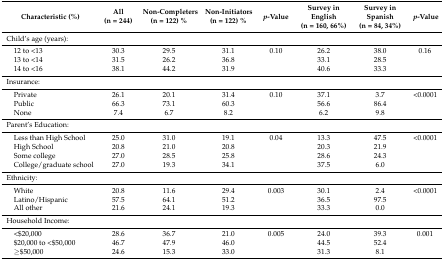
<table><thead><tr><td><b>Characteristic (%)</b></td><td><b>All (n = 244)</b></td><td><b>Non-Completers (n = 122) %</b></td><td><b>Non-Initiators (n = 122) % </b></td><td><b><i>p</i>-Value</b></td><td><b>Survey in English (n = 160, 66%) </b></td><td><b>Survey in Spanish (n = 84, 34%) </b></td><td><b><i>p</i>-Value</b></td></tr></thead><tbody><tr><td>Child’s age (years):</td><td></td><td></td><td></td><td></td><td></td><td></td><td></td></tr><tr><td> 12 to &lt;13</td><td>30.3</td><td>29.5</td><td>31.1</td><td>0.10</td><td>26.2</td><td>38.0</td><td>0.16</td></tr><tr><td> 13 to &lt;14</td><td>31.5</td><td>26.2</td><td>36.8</td><td></td><td>33.1</td><td>28.5</td><td></td></tr><tr><td> 14 to &lt;16</td><td>38.1</td><td>44.2</td><td>31.9</td><td></td><td>40.6</td><td>33.3</td><td></td></tr><tr><td>Insurance:</td><td></td><td></td><td></td><td></td><td></td><td></td><td></td></tr><tr><td> Private</td><td>26.1</td><td>20.1</td><td>31.4</td><td>0.10</td><td>37.1</td><td>3.7</td><td>&lt;0.0001</td></tr><tr><td> Public</td><td>66.3</td><td>73.1</td><td>60.3</td><td></td><td>56.6</td><td>86.4</td><td></td></tr><tr><td> None</td><td>7.4</td><td>6.7</td><td>8.2</td><td></td><td>6.2</td><td>9.8</td><td></td></tr><tr><td>Parent’s Education:</td><td></td><td></td><td></td><td></td><td></td><td></td><td></td></tr><tr><td> Less than High School</td><td>25.0</td><td>31.0</td><td>19.1</td><td>0.04</td><td>13.3</td><td>47.5</td><td>&lt;0.0001</td></tr><tr><td> High School</td><td>20.8</td><td>21.0</td><td>20.8</td><td></td><td>20.3</td><td>21.9</td><td></td></tr><tr><td> Some college</td><td>27.0</td><td>28.5</td><td>25.8</td><td></td><td>28.6</td><td>24.3</td><td></td></tr><tr><td> College/graduate school</td><td>27.0</td><td>19.3</td><td>34.1</td><td></td><td>37.5</td><td>6.0</td><td></td></tr><tr><td>Ethnicity:</td><td></td><td></td><td></td><td></td><td></td><td></td><td></td></tr><tr><td> White</td><td>20.8</td><td>11.6</td><td>29.4</td><td>0.003</td><td>30.1</td><td>2.4</td><td>&lt;0.0001</td></tr><tr><td> Latino/Hispanic</td><td>57.5</td><td>64.1</td><td>51.2</td><td></td><td>36.5</td><td>97.5</td><td></td></tr><tr><td> All other</td><td>21.6</td><td>24.1</td><td>19.3</td><td></td><td>33.3</td><td>0.0</td><td></td></tr><tr><td>Household Income:</td><td></td><td></td><td></td><td></td><td></td><td></td><td></td></tr><tr><td> &lt;$20,000</td><td>28.6</td><td>36.7</td><td>21.0</td><td>0.005</td><td>24.0</td><td>39.3</td><td>0.001</td></tr><tr><td> $20,000 to &lt;$50,000</td><td>46.7</td><td>47.9</td><td>46.0</td><td></td><td>44.5</td><td>52.4</td><td></td></tr><tr><td> ≥$50,000</td><td>24.6</td><td>15.3</td><td>33.0</td><td></td><td>31.3</td><td>8.1</td><td></td></tr></tbody></table>